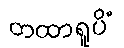
တထာရူပိံ